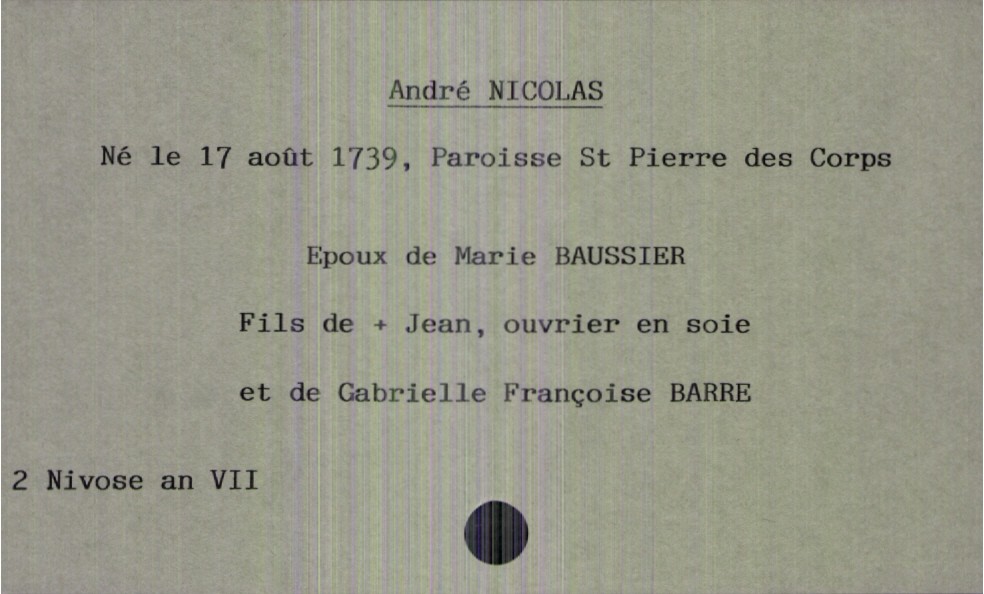
type_acte: Décès
année: an VII
mois: nivose
jour: 2
défunt_nom: Nicolas
défunt_prénom: André
défunt_sexe: H
défunt_date_de_naissance: 17 août 1739
défunt_lieu_de_naissance: Saint Pierre des Corps
défunt_statut: marié(e)
père_défunt_nom: Nicolas
père_défunt_prénom: Jean
père_défunt_profession: ouvrier en soie
père_défunt_statut: décédé
mère_défunt_nom: Barre
mère_défunt_prénom: Gabrielle Françoise